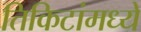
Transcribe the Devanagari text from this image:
तिकिटांमध्ये